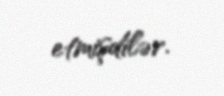
etmişdilər.